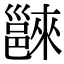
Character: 𨝖